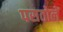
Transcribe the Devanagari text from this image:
पसतोलें